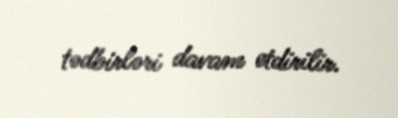
tədbirləri davam etdirilir.